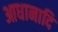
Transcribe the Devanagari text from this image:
आधानादि